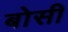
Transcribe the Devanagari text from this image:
बोसी